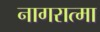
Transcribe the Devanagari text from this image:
नागरात्मा